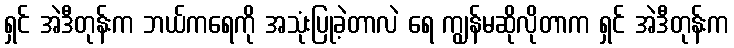
ရှင် အဲဒီတုန်းက ဘယ်ကရေကို အသုံးပြုခဲ့တာလဲ ရေ ကျွန်မဆိုလိုတာက ရှင် အဲဒီတုန်းက